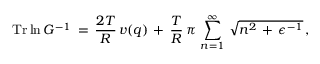
\mathrm { T r } \ln G ^ { - 1 } \, = \, \frac { 2 T } { R } \, v ( q ) \, + \, \frac { T } { R } \, \pi \, \sum _ { n = 1 } ^ { \infty } \, \sqrt { n ^ { 2 } \, + \, \epsilon ^ { - 1 } } \, { , }